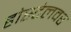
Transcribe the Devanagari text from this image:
होस्टेलवर